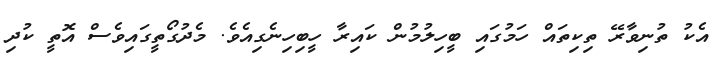
އެކު ތުނިވާރޭ ތިކިތައް ހަމުގައި ބީހިލުމުން ކައިރާ ހީބިހިނެގިއެވެ. މެދުގޯތީގައިވެސް އޮތީ ކުދި